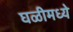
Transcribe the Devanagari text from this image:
घळीमध्ये